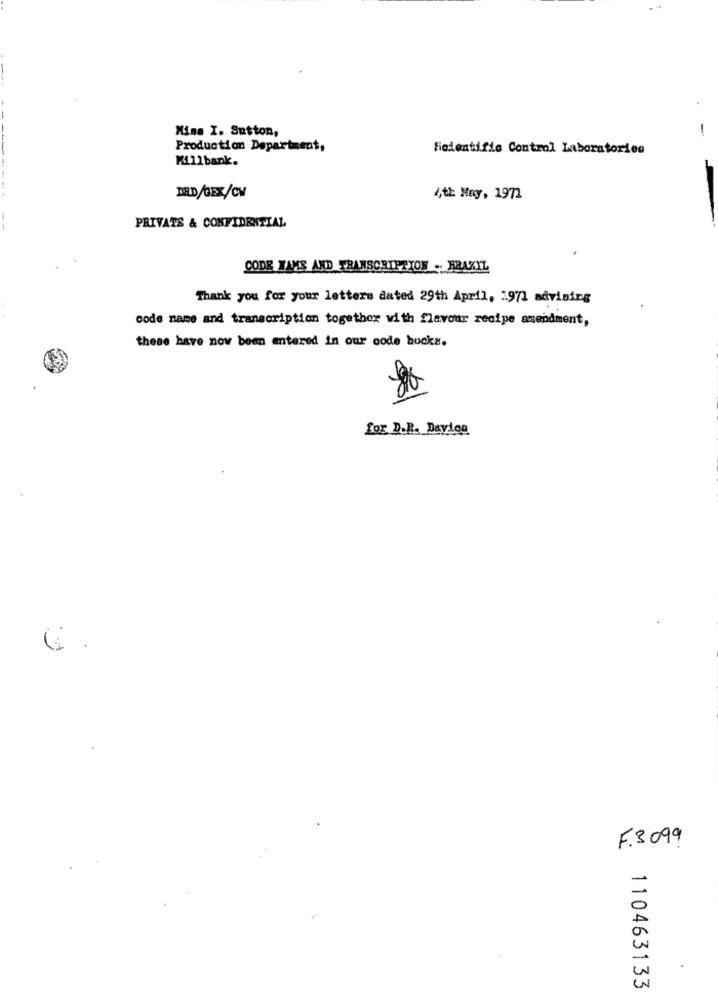
Miss I. Sutton,
-
Production Department,
ficientific Control Laboratories
Killbank.
IRD/GEX/CV
4th May, 1972
PRIVATS & CONFIDENTIAL
CODE HANS AND TRANSCRIPTION .. BRAZIL
Thank you for your letters dated 29th April, 1971 advising
code name and transcription together with flavour recipe amendment,
these have now been entered in our code books.
for D.R. Davion
6 .
F.3099
.
110463133